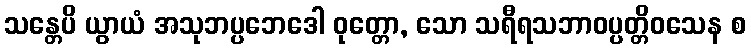
သန္တေပိ ယွာယံ အသုဘပ္ပဘေဒေါ ဝုတ္တော, သော သရီရသဘာဝပ္ပတ္တိဝသေန စ